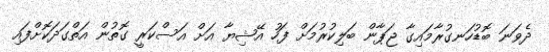
ދެވަނަ ބޮޑުހަނގުރާމައިގާ ޖަޕާން ބަލިކުރުމަށް ފަހު އޭޝިޔާ އަށް އަސްކަރީ ގޮތުން އަތްގަދަކޮށްފައި